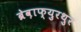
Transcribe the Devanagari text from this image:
ब्रेव़ाफ्युरथुर